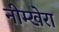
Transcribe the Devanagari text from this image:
नीम्खेरा